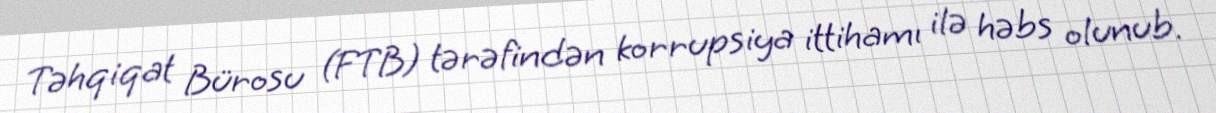
Təhqiqat Bürosu (FTB) tərəfindən korrupsiya ittihamı ilə həbs olunub.